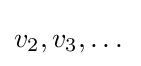
v_{2},v_{3},\dots